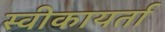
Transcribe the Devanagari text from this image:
स्वीकायर्ता